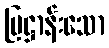
ပြဋ္ဌာန်းသော